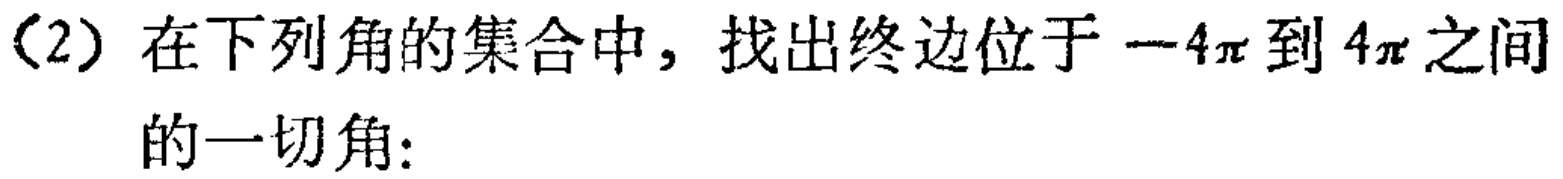
（2）在下列角的集合中，找出终边位于\(-4\pi\)到\(4\pi\)之间的一切角：